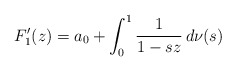
\begin{align*}F_1'(z) = a_0+ \int_0^1 \frac 1{1-sz}\,d\nu(s) \end{align*}